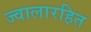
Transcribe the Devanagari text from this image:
ज्वालारहित